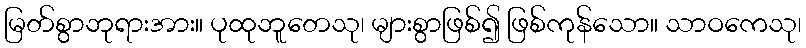
မြတ်စွာဘုရားအား။ ပုထုဘူတေသု၊ များစွာဖြစ်၍ ဖြစ်ကုန်သော။ သာဝကေသု၊